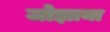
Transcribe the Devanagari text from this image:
जोझाया